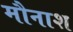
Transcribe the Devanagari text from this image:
मौनाश